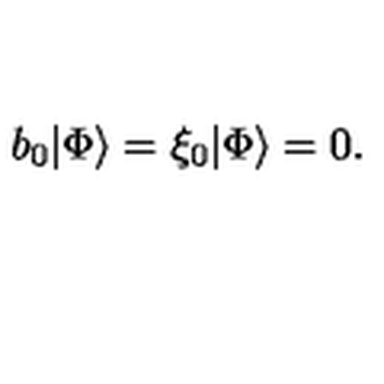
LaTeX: b _ { 0 } | \Phi \rangle = \xi _ { 0 } | \Phi \rangle = 0 .